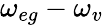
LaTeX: \omega_{eg}-\omega_{v}